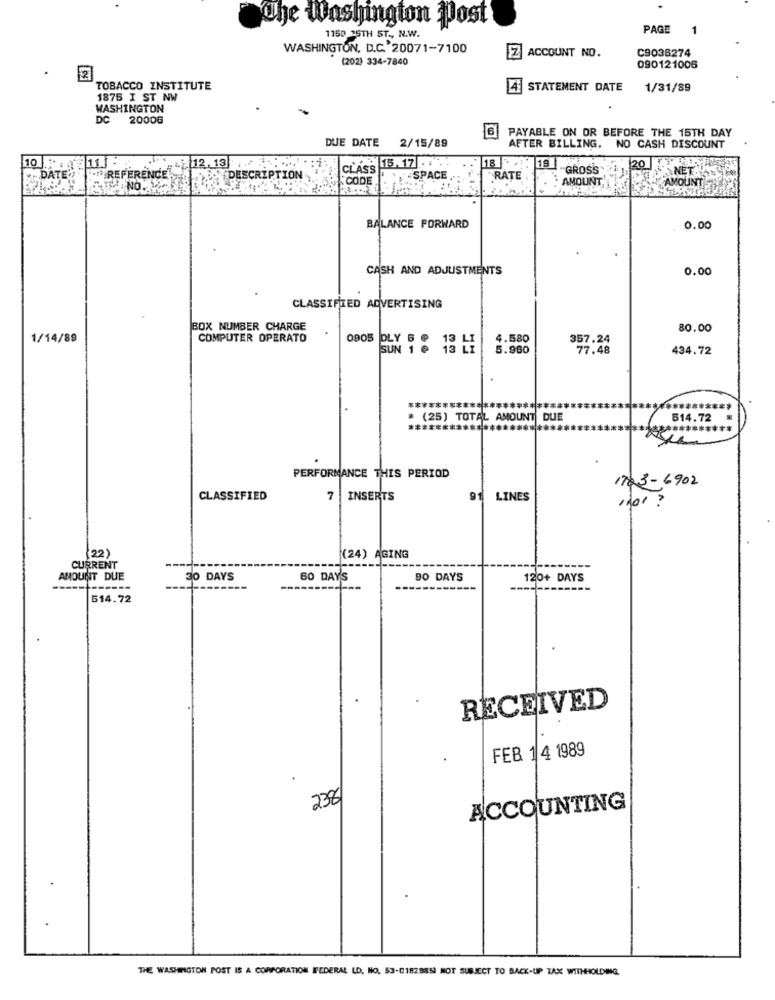
The Washington Post
PAGE
1
1150 25TH ST ., N.W.
WASHINGTON, D.C. 20071-7100
C9036274
(202) 334-7840
EZ ACCOUNT NO.
090121006
TOBACCO INSTITUTE
4 STATEMENT DATE
1/31/89
1875 I ST NW
WASHINGTON
DC 20006
PAYABLE ON OR BEFORE THE 15TH DAY
DUE DATE
2/15/89
AFTER BILLING.
NO CASH DISCOUNT
12.13
¥13.17 .1.
18 .
19
20
CLASS
GROSS
NET.L
DATE
. REFERENCE
DESCRIPTION
CODE
SPACE
"RATE
.. .
AMOUNT
AMOUNT 7
BALANCE FORWARD
0.00
CASH AND ADJUSTMENTS
0.00
CLASSIFIED ADVERTISING
BOX NUMBER CHARGE
80.00
1/14/89
COMPUTER OPERATO
0905
DLY
4.1580
357.24
SUN 1 6 13 LI
5.980
77.48
434.72
* (25) TOTAL AMOUNT DUE
514.72
******
************
PERFORMANCE THIS PERIOD
1763-6902
CLASSIFIED
7
INSERTS
9
LINES
"for ?
(22)
(24) AGING
CURRENT
AMOUNT DUE
30 DAYS
60 DAYS
90 DAYS
120+ DAYS
----
514.72
RECEIVED
FEB 1 4 1989
2381
ACCOUNTING
THE WASHINGTON POST IS A CORPORATION IFEDERAL LD. NO. 53-01828851 MOT SUBJECT TO BACK-UP TAX WITHHOLDING.